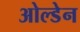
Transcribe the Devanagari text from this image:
ओल्डेन